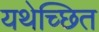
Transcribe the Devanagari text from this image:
यथेच्छित